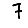
Digit: 7